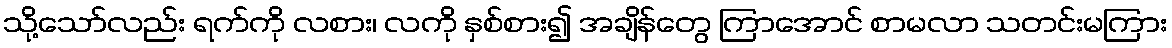
သို့သော်လည်း ရက်ကို လစား၊ လကို နှစ်စား၍ အချိန်တွေ ကြာအောင် စာမလာ သတင်းမကြား